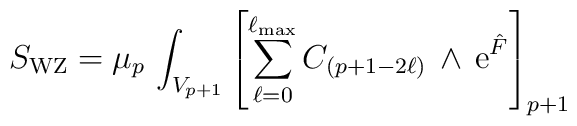
S_{\rm WZ} = \mu_p\,\int_{V_{p+1}}\left[\sum_{\ell=0}^{\ell_{\rm max}}C_{(p+1-2\ell)}\,\wedge\,{\rm e}^{\hat F}\right]_{p+1}